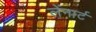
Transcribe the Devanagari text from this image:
लेंनार्ट